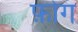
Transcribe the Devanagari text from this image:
फ़ोग